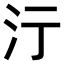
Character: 𣲇